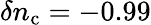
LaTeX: \delta n_{\mathrm{c}}=-0.99